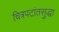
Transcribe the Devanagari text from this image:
चित्रपटांतसुद्धा